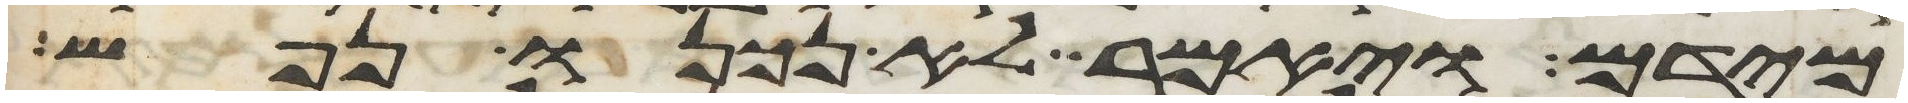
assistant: מידם ויאמר לא נכנו נפש